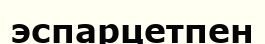
эспарцетпен